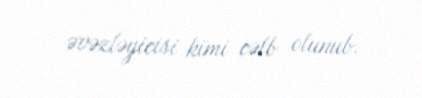
əvəzləyicisi kimi cəlb olunub.